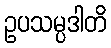
ဥပသမ္ပဒါတိ